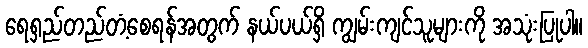
ရေရှည်တည်တံ့စေရန်အတွက် နယ်ပယ်ရှိ ကျွမ်းကျင်သူများကို အသုံးပြုပါ။